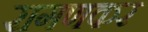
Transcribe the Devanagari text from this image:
रागणकर